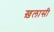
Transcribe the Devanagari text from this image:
ख़लासी